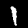
Label: 1